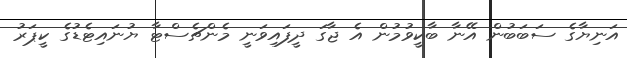
އަނިޔާގެ ސަބަބުން އޭނާ ބާކީވުމުން އެ ޖާގަ ދީފައިވަނީ މެންޗެސްޓާ ޔުނައިޓެޑުގެ ކީޕަރު